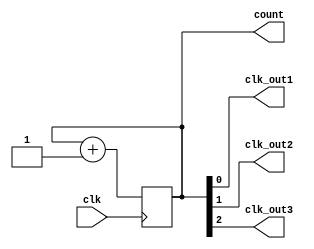
module RippleCounterClockDivider (
    input wire clk,
    output reg [2:0] count,
    output wire clk_out1,
    output wire clk_out2,
    output wire clk_out3
);

always @(posedge clk) begin
    count <= count + 1;
end

assign clk_out1 = count[0];
assign clk_out2 = count[1];
assign clk_out3 = count[2];

endmodule